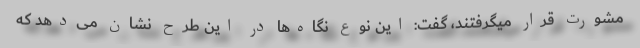
مشورت قرار میگرفتند، گفت: این نوع نگاه‌ها در این طرح نشان می‌دهد که